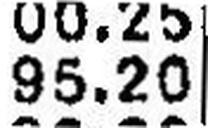
95.20